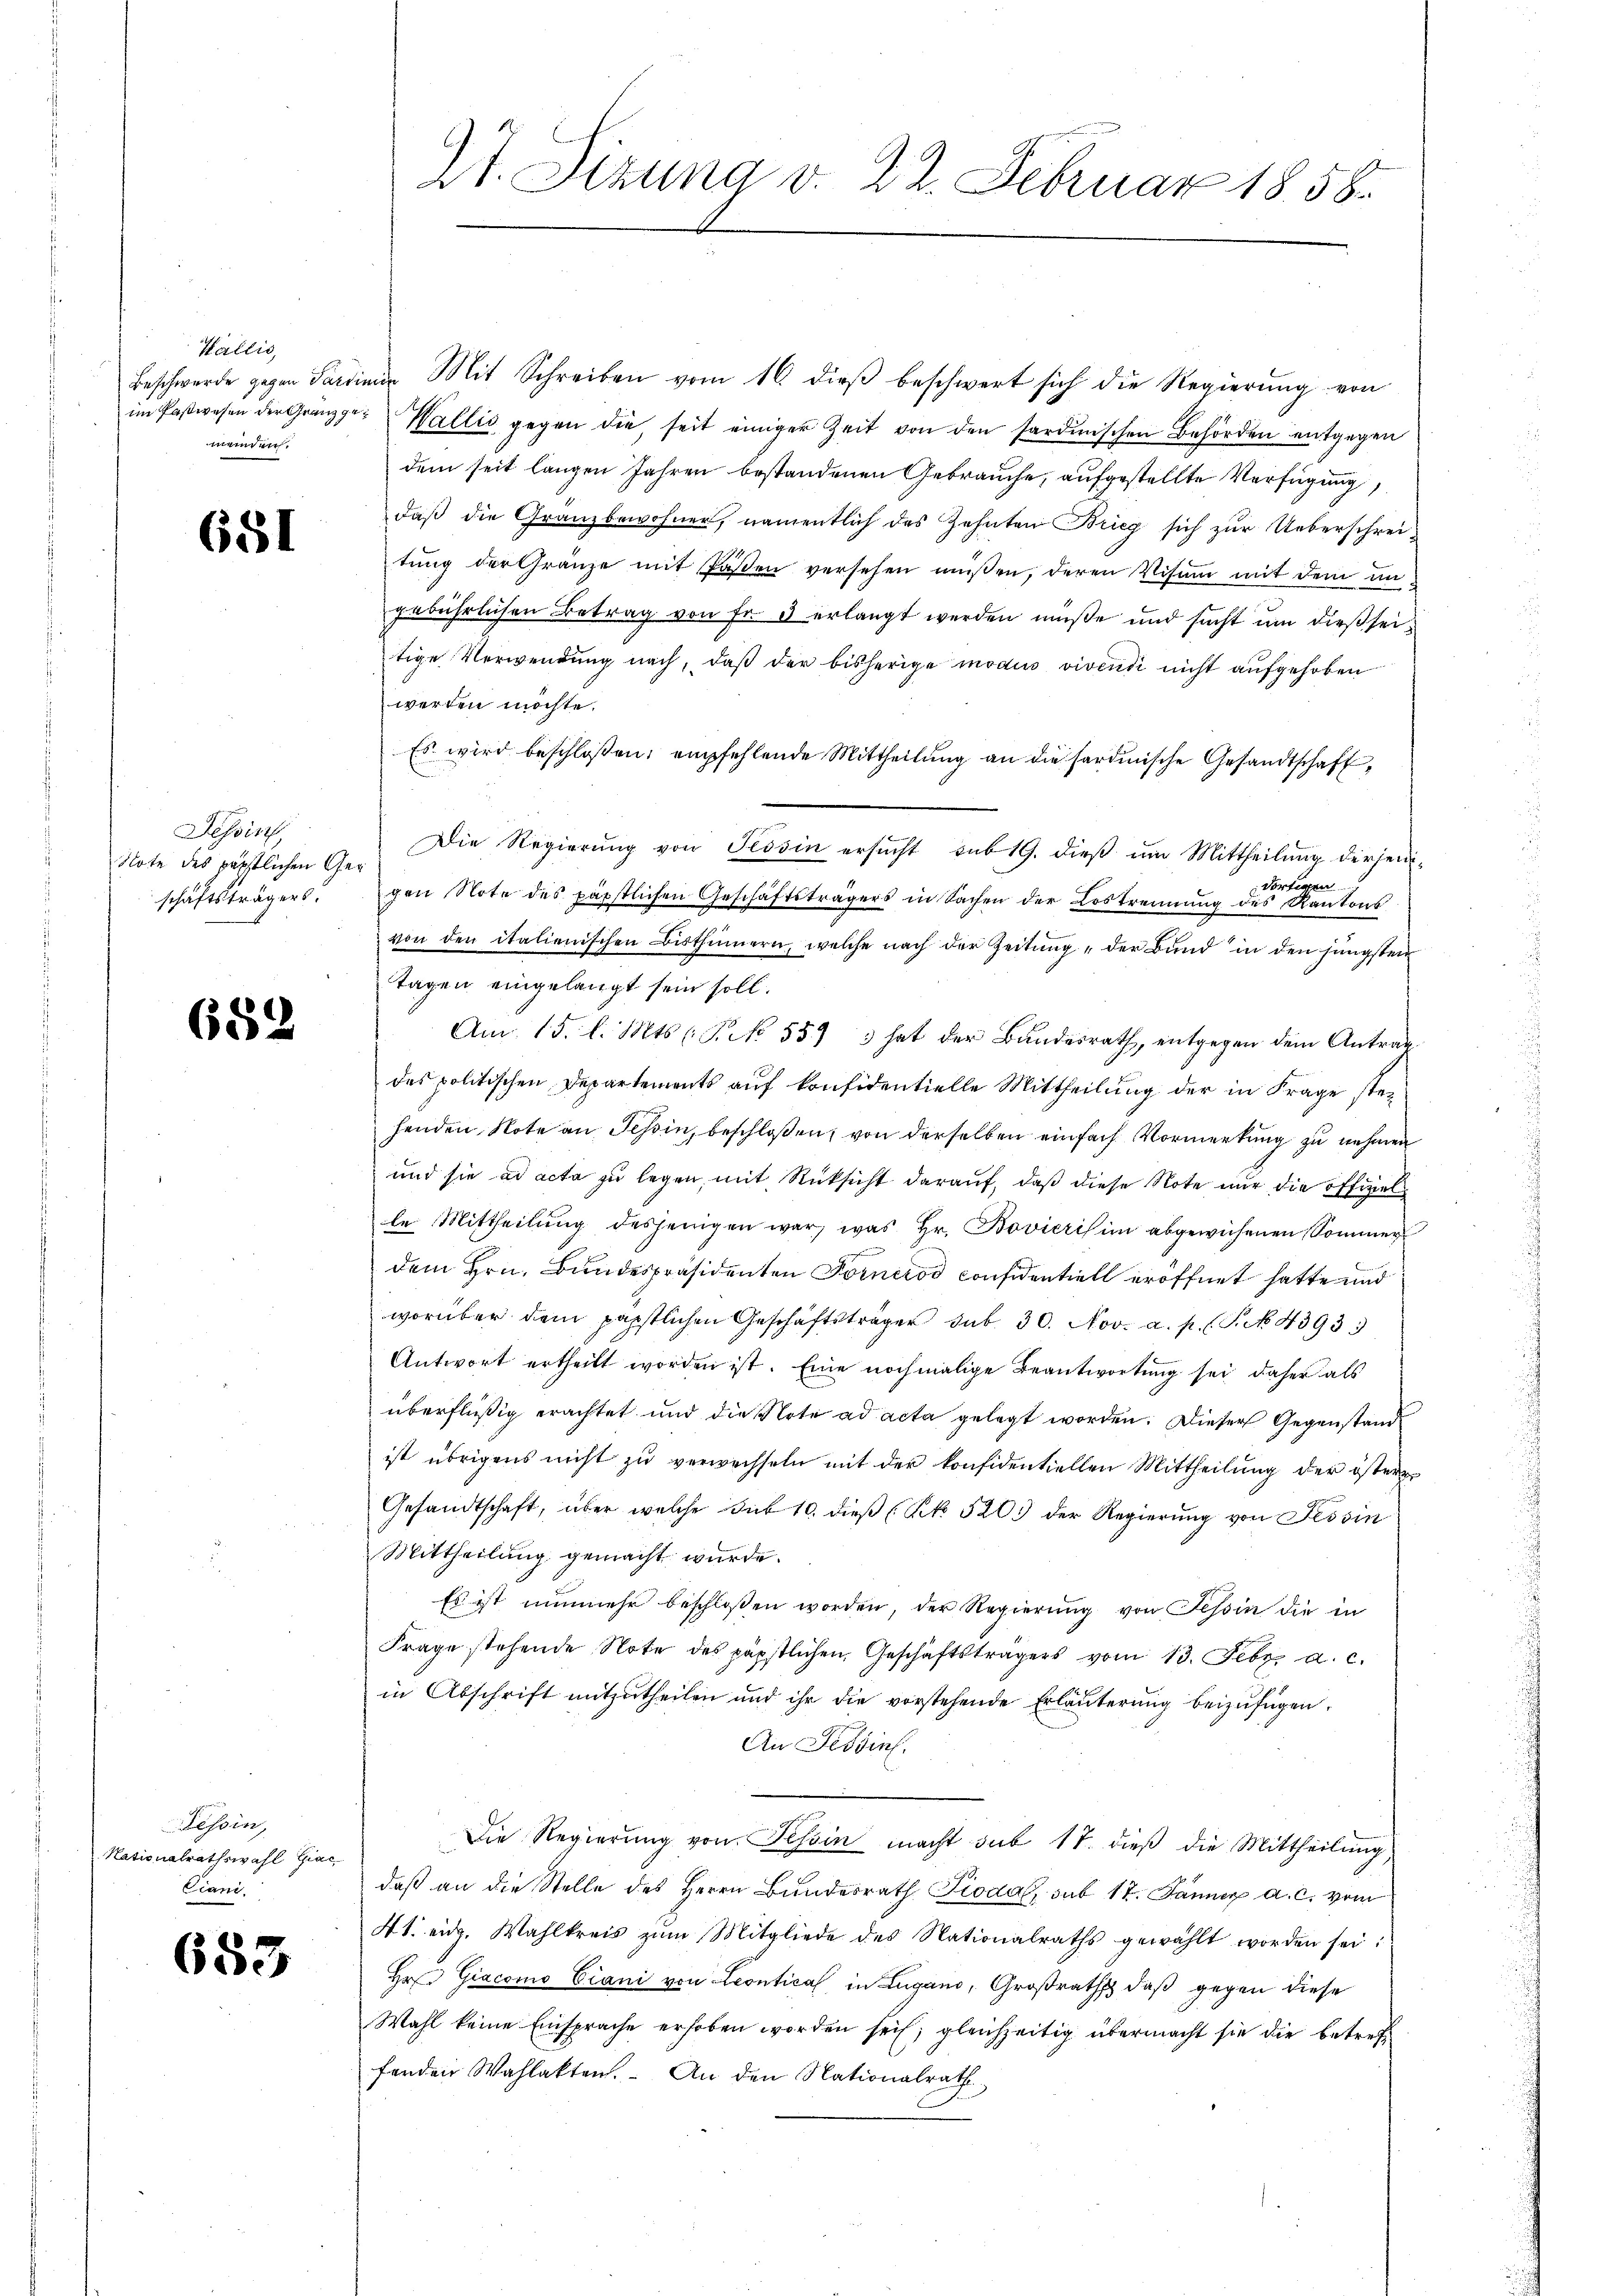
Wallis,
meinden.

681

Tessin
Note des perstlichen Geschäftsträgers.

689

Tessin,
Nationalrathswahl Giac
Ciani

683

27. Sizung v. 22. Februar 1858.

Beschwerde gegen Sardinie Mit Schreiben vom 16. dieβ beschwert sich die Regierŭng von
im Paßwesen der Gränz(...) Wallis gegen die, seit einiger Zeit von den sardinischen Behörden entgegen
dem seit langen Jahren bestandenen Gebrauche, aufgestellte Verfügung
daß die Granzbewohner, namentlich des Zehnten Brieg sich zur Ueberschreitŭng der Gränze mit Pasten versehen müssen, deren Visum mit dem in
gebührlichen Betrag von Fr. 3 erlangt werden müße und sucht ŭm dießseitige Verwendung nach, daß der bisherige modus vivendi nicht aufgehoben
werden möchte.
Es wird beschloßen, empfehlende Mittheilung an die sardinische Gesandtschaft,
Die Regierŭng von Tessin ersŭcht sub 19. dieß um Mittheilung dersendortigen
gen Note des päpstlichen Geschäftsträgers in Sachen der Lostrennung des Kantons
von den italienischen Bisthümern, welche nach der Zeitŭng der Bŭnd in den jüngsten
Tagen eingelangt sein soll.
Am. 15. l. Mts. (Rik 559 3 hat der Bundesrath, entgegen dem Antrag
des politischen Departements auf konfidentielle Mittheilung der in Frage stehenden Note an Tessin, beschloßen, von derselben einfach Vormerkung zu nehmen
und sie ad acta zu legen, mit Rücksicht darauf, daß diese Note nur die offiziel
le Mittheilung desjenigen war, was Hr. Bovieris im abgewichenen Sommer
dem Hrn. Bundespräsidenten Fornerod considentiell eröffnet hatte und
worüber dem päpstlichen Geschäftsträger sub. 30. Nov. a. p. (T. No 4393)
Antwort ertheilt worden ist. Eine nochmalige Beantwortŭng sei daher als
überflüßig erachtet und die Note ad acta gelegt worden. Dieser Gegenstand
ist übrigens nicht zu verwechseln mit der konfidentiellen Mittheilung der östere
Gesandtschaft, über welche Sub 10. dieß (NNo. 520. der Regierung von Tessin
Mittheilung gemacht wurde.
Es ist nunmehr beschlossen worden, der Regierung von Tessin die in
Frage stehende Note des päpstlichen Geschäftsträgers vom 13. Febr. a. c.
in Abschrift mitzutheilen und ihr die vorstehende Erläuterung beizufügen.
An Tessin.
Die Regierŭng von Tessin macht sub 17. dieß die Mittheilung,
daß an die Stelle des Herrn Bundesrath Pioda, sub 17. Jänner a. c. vom
41. eidg. Wahlkreis zŭm Mitgliede des Nationalraths gewählt worden sei:
Hr. Giacomo Eiani von Leontical in Lugano, Großraths daß gegen diese
Wahl keine Einsprache erhoben worden sei; gleichzeitig übermacht sie die betreff
forden Wahlakten. An den Nationalrath,